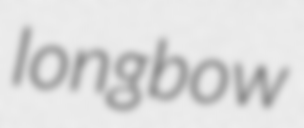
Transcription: longbow